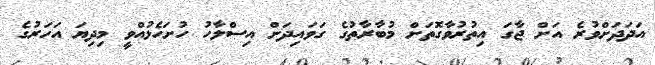
އަދަދަށްވުރެ އަށް ޖާގަ އިތުރުވާގޮތަށް މުބާރާތުގެ ގަވައިދަށް އިސްލާހު ހުށަހެޅުއްވީ މިދިޔަ އަހަރުގެ